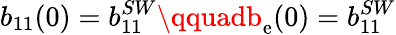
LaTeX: b_{11}(0)=b_{11}^{SW}\qquadb_{\mathrm{e}}(0)=b_{11}^{SW}